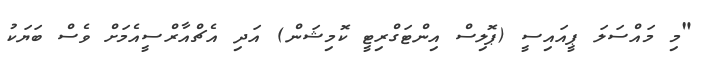
"މި މައްސަލަ ޕީއައިސީ (ޕޮލިސް އިންޓަގްރިޓީ ކޮމިޝަން) އަދި އެޗްއާރްސީއެމަށް ވެސް ބަޔަކު